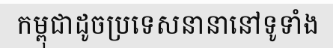
កម្ពុជាដូចប្រទេសនានានៅទូទាំង